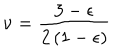
\nu = { \frac { 3 - \epsilon } { 2 \left( 1 - \epsilon \right) } }